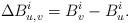
LaTeX: \begin{align*}\Delta B^i_{u,v}=B^i_v-B^i_u.\end{align*}